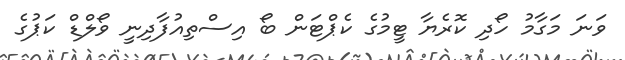
ވަނަ މަގާމު ހޯދި ކޮރެޔާ ޓީމުގެ ކެޕްޓަން ބޯ އިސްތިއުފާދިނީ ވޯލްޑް ކަޕުގެ